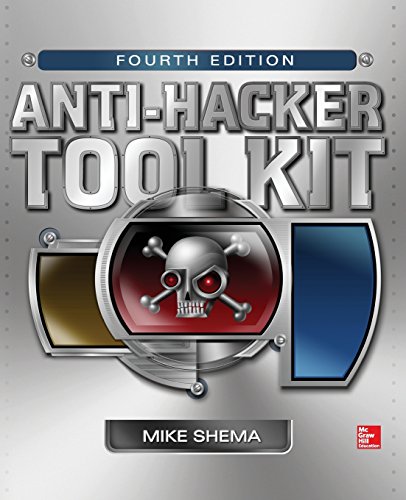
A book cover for Anti-Hacker Tool Kit, Fourth Edition; Mike Shema; Computers & Technology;